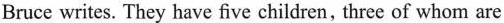
Bruce writes. They have five children, three of whom are